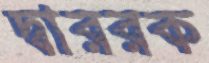
দ্বাররক